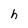
Character: h